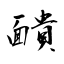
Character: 靧